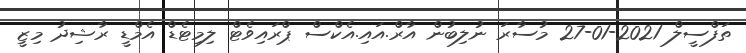
ތަފްސީލް 2021-01-27 މުސާރަ ނުލިބުން އާރް.އައި.އެކްސް ޕްރައިވެޓް ލިމިޓެޑް އެމްޑީ ރާޝިދު މިޒީ